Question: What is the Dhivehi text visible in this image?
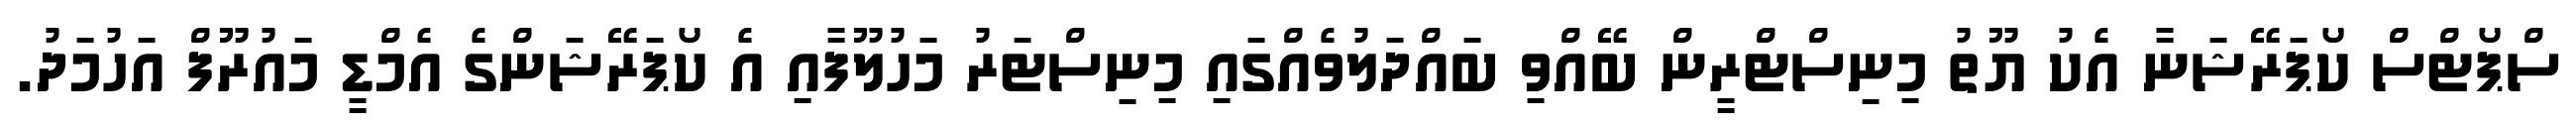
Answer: ސްޕޯޓްސް ކޯޕަރޭޝަނާ އެކު ޔޫތު މިނިސްޓްރީން ބޭއްވި ބައްދަލުވެއްގައި މިނިސްޓަރު މަހުލޫފާއި އެ ކޯޕަރޭޝަންގެ އެމްޑީ މައުރޫފް އަހުމަދު.